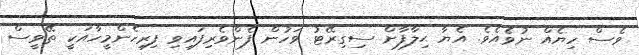
ވެސް ހިޔެއް ނުވެއެވެ. އެޔާ ޙިލާފާށް ސިގިރޭޓު ވަހުން ފެންވެރިފައިވި ފިރިހެންމީހާއަކީ ތޭވީސް